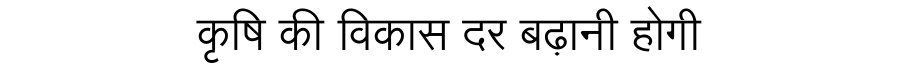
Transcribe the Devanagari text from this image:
कृषि की विकास दर बढ़ानी होगी